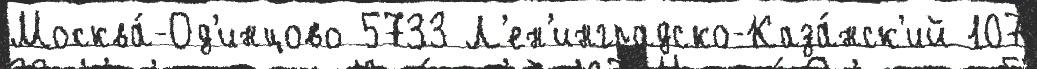
Москва́-Од'инцово 5733 Л'ен'инградско-Каза́нск'ий 107